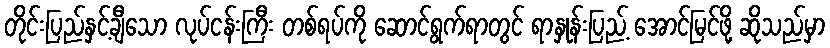
တိုင်းပြည်နှင့်ချီသော လုပ်ငန်းကြီး တစ်ရပ်ကို ဆောင်ရွက်ရာတွင် ရာနှုန်းပြည့် အောင်မြင်ဖို့ ဆိုသည်မှာ